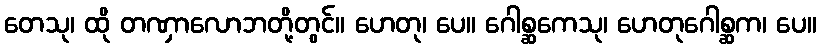
တေသု၊ ထို တဏှာလောဘတို့တွင်။ ဟေတု၊ ပေ။ ဂေါစ္ဆကေသု၊ ဟေတုဂေါစ္ဆက၊ ပေ။